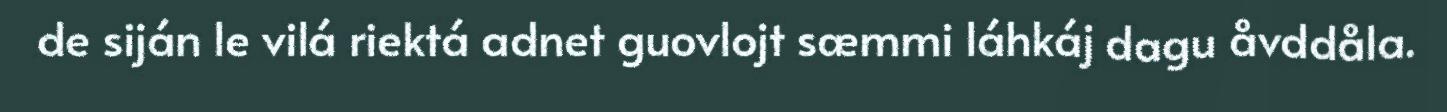
de siján le vilá riektá adnet guovlojt sæmmi láhkáj dagu åvddåla.